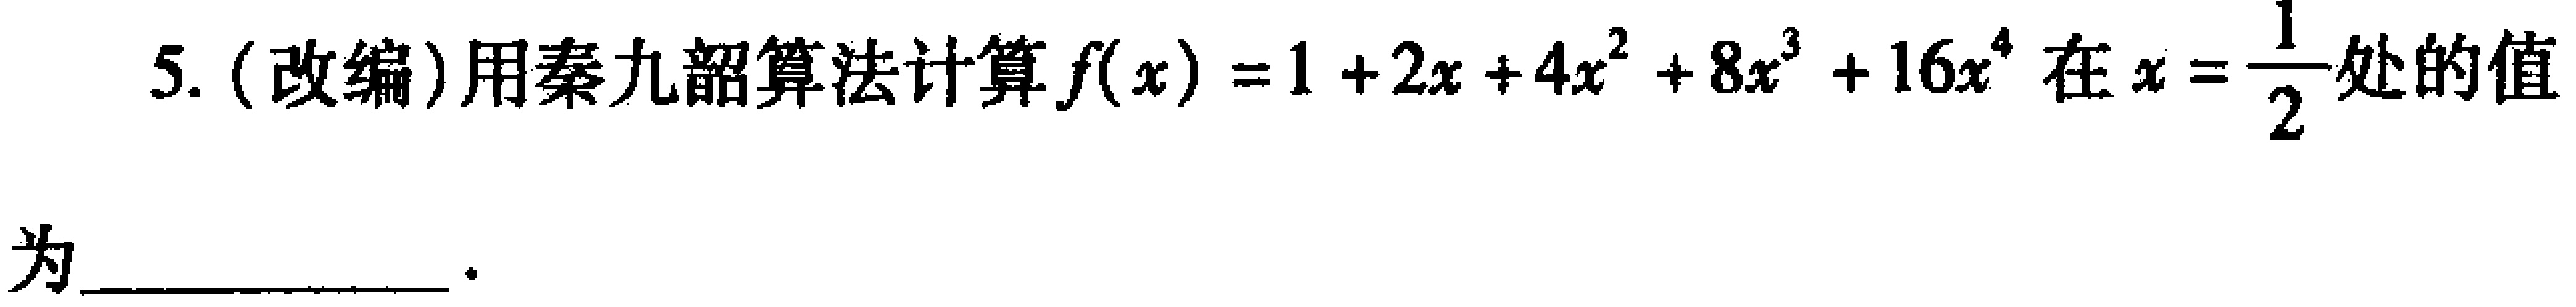
5. (改编)用秦九韶算法计算\(f(x)=1 + 2x + 4x^{2}+8x^{3}+16x^{4}\)在\(x = \frac{1}{2}\)处的值为  。